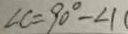
\angle C = 9 0 ^ { \circ } - \angle 1